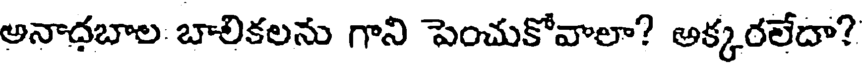
అనాధబాల బాలికలను గాని పెంచుకోవాలా? అక్కరలేదా?